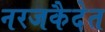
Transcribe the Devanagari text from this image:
नरजकैदेत